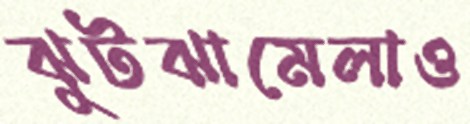
ঝুটঝামেলাও